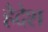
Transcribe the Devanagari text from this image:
हैदेश